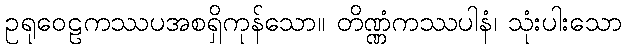
ဥရုဝေဠကဿပအစရှိကုန်သော။ တိဏ္ဏံကဿပါနံ၊ သုံးပါးသော